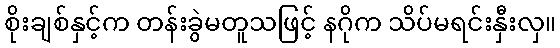
စိုးချစ်နှင့်က တန်းခွဲမတူသဖြင့် နဂိုက သိပ်မရင်းနှီးလှ။